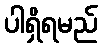
ပါရှိရမည်